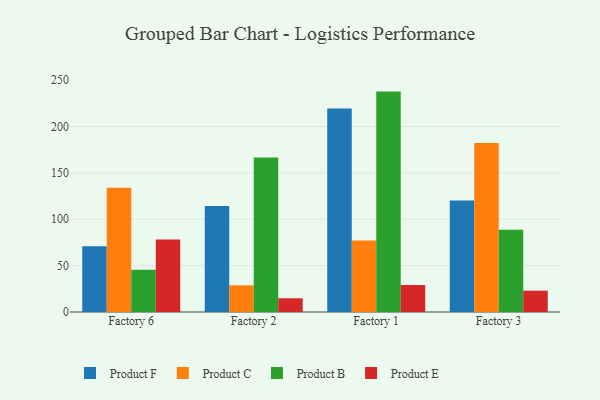
{"axis": {"x": "Factory", "y": "Market Share (%)"}, "legend": ["Product B", "Product C", "Product E", "Product F"], "data": [{"x": "Factory 6", "y": 70.9, "type": "Product F"}, {"x": "Factory 6", "y": 134.0, "type": "Product C"}, {"x": "Factory 6", "y": 45.5, "type": "Product B"}, {"x": "Factory 6", "y": 78.2, "type": "Product E"}, {"x": "Factory 2", "y": 114.4, "type": "Product F"}, {"x": "Factory 2", "y": 28.8, "type": "Product C"}, {"x": "Factory 2", "y": 166.6, "type": "Product B"}, {"x": "Factory 2", "y": 14.8, "type": "Product E"}, {"x": "Factory 1", "y": 219.4, "type": "Product F"}, {"x": "Factory 1", "y": 77.0, "type": "Product C"}, {"x": "Factory 1", "y": 237.7, "type": "Product B"}, {"x": "Factory 1", "y": 29.1, "type": "Product E"}, {"x": "Factory 3", "y": 120.3, "type": "Product F"}, {"x": "Factory 3", "y": 182.4, "type": "Product C"}, {"x": "Factory 3", "y": 88.6, "type": "Product B"}, {"x": "Factory 3", "y": 23.0, "type": "Product E"}]}